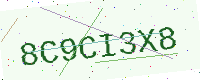
Text: 8C9CI3X8